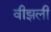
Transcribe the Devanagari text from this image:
वीझली